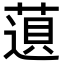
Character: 𬝿